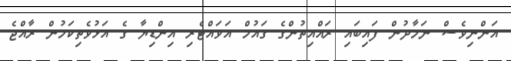
އަންނިވެސް ނަމާދުން ފައިބައި ރައްއިތުންގެ ގައުމް އަވައްޓެރި އިންޑިޔާ ގެ އަޅުވެތިކަމުން ރާއްޖެ